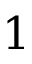
1